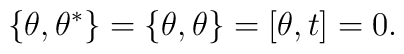
\{ \theta, \theta^{\ast} \} = \{ \theta,\theta \} = [\theta,t] = 0.